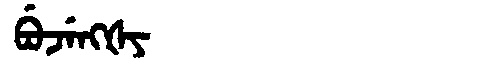
Manchu: ᠪᡠᠵᡝᠩᡧᠶ
Romanization: BUJENGŠY